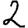
Digit: 2